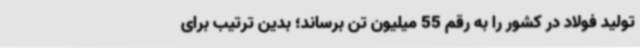
تولید فولاد در کشور را به رقم 55 میلیون تن برساند؛ بدین ترتیب برای